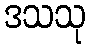
ဒသသု